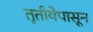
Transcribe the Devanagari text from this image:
तृतीयेपासून